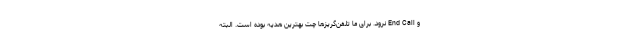
و End Call نرود. برای ما تلفن‌گریزها چت بهترین هدیه بوده است. البته